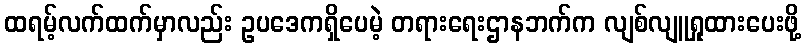
ထရမ့်လက်ထက်မှာလည်း ဥပဒေကရှိပေမဲ့ တရားရေးဌာနဘက်က လျစ်လျူရှုထားပေးဖို့